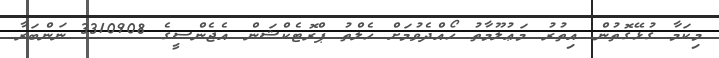
މިކަމާ ގުޅޭގޮތުން އިތުރު މަޢުލޫމާތު ހޯއްދެވުމަށް ހެލްތު ޕްރޮޓެކްޝަން އެޖެންސީގެ 3310908 ނަންބަރާ